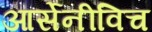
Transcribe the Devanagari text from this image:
आर्सेनीविच